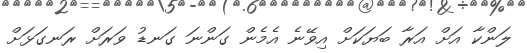
ލަންކާ އަށް އަރާ ބަޔަކަށް އިވޭނެ އެމެން ގަންނަ ގަނޑު ވަރަށް ރަނގަޅަށް